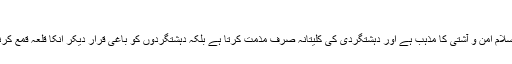
علامہ جمیل احمد زاہد
میرپور (بیورو رپورٹ) اسلام امن و آشتی کا مذہب ہے اور دہشتگردی کی کلیتاًنہ صرف مذمت کرتا ہے بلکہ دہشتگردوں کو باغی قرار دیکر انکا قلعہ قمع کرنے کا درس بھی دیتا ہے۔